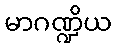
မာဂဏ္ဍိယ